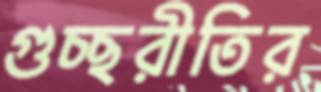
গুচ্ছরীতির